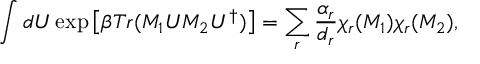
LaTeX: \int d U \exp \left[ \beta T r ( M _ { 1 } U M _ { 2 } U ^ { \dagger } ) \right] = \sum _ { r } \frac { \alpha _ { r } } { d _ { r } } \chi _ { r } ( M _ { 1 } ) \chi _ { r } ( M _ { 2 } ) ,